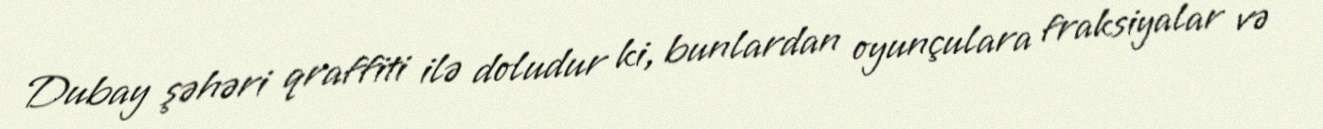
Dubay şəhəri qraffiti ilə doludur ki, bunlardan oyunçulara fraksiyalar və